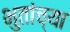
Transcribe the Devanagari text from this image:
भुतांच्या